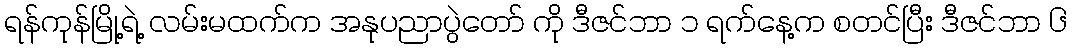
ရန်ကုန်မြို့ရဲ့ လမ်းမထက်က အနုပညာပွဲတော် ကို ဒီဇင်ဘာ ၁ ရက်နေ့က စတင်ပြီး ဒီဇင်ဘာ ၆